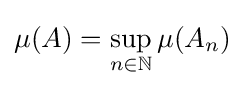
\mu (A)=\sup _{n\in \mathbb {N} }\mu (A_{n})